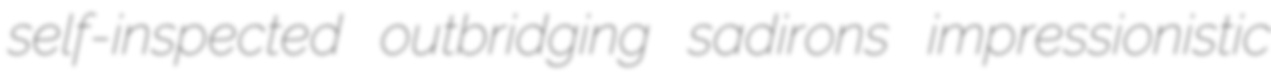
self-inspected outbridging sadirons impressionistic